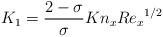
LaTeX: \begin{align*} K_{1} = \frac{2-\sigma}{\sigma}Kn_{x}{Re_{x}}^{1/2} \end{align*}